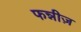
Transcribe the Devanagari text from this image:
फन्नीज़